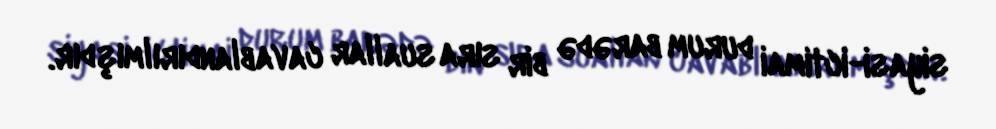
siyasi-ictimai durum barədə bir sıra suallar cavablandırılmışdır.